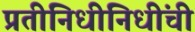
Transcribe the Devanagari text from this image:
प्रतीनिधीनिधींची